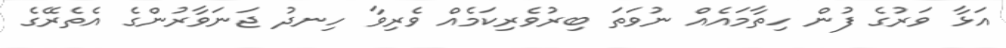
އަޅާ ވަރުގެ ފުން ހިތާމައެއް ނުވަތަ ބިރުވެރިކަމެއް ވެރިވާ ހިނދު ޖަނަވާރުންގެ އެތެރޭގެ